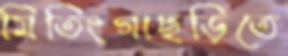
মিতিংগাছড়িতে